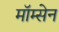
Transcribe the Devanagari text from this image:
मॉम्सेन